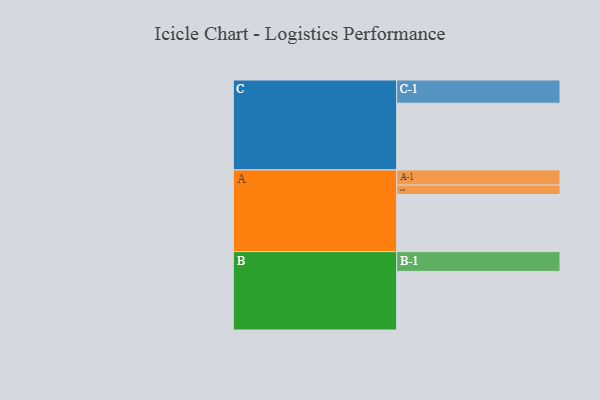
{"axis": {"x": "Segment", "y": "Value"}, "legend": ["", "A", "B", "C"], "data": [{"x": "A", "y": 419, "type": ""}, {"x": "B", "y": 430, "type": ""}, {"x": "C", "y": 490, "type": ""}, {"x": "A-1", "y": 111, "type": "A"}, {"x": "A-2", "y": 69, "type": "A"}, {"x": "B-1", "y": 145, "type": "B"}, {"x": "C-1", "y": 170, "type": "C"}]}